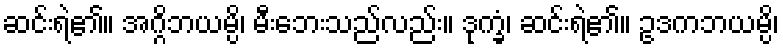
ဆင်းရဲ၏။ အဂ္ဂိဘယမ္ပိ၊ မီးဘေးသည်လည်း။ ဒုက္ခံ၊ ဆင်းရဲ၏။ ဥဒကဘယမ္ပိ၊